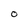
Character: O